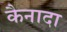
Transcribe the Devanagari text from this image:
कैनादा